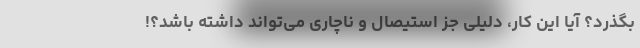
بگذرد؟ آیا این کار، دلیلی جز استیصال و ناچاری می‌تواند داشته باشد؟!